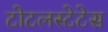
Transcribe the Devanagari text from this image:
टोटलस्टेटेस